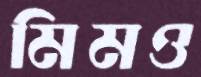
মিমও